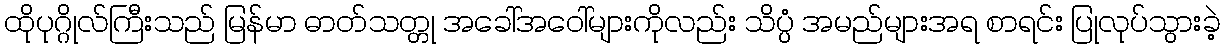
ထိုပုဂ္ဂိုလ်ကြီးသည် မြန်မာ ဓာတ်သတ္တု အခေါ်အဝေါ်များကိုလည်း သိပ္ပံ အမည်များအရ စာရင်း ပြုလုပ်သွားခဲ့